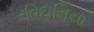
રવિદાસિયા